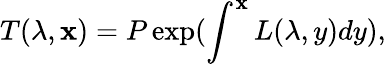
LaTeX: T(\lambda,\mathbf{x})=P\exp(\int^{\mathbf{x}}L(\lambda,y)dy),